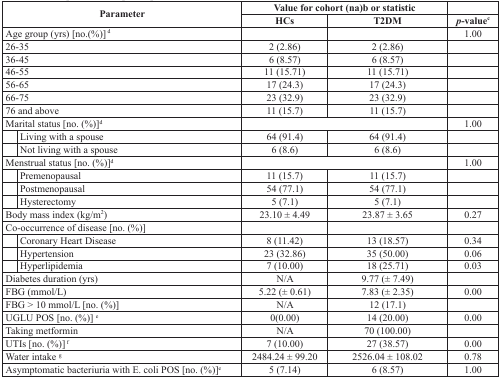
<table><thead><tr><td rowspan="2" colspan="2"><b>Parameter</b></td><td colspan="2"><b>Value for cohort (na)b or statistic</b></td><td></td></tr><tr><td><b>HCs</b></td><td><b>T2DM</b></td><td><b><i>p</i>-value<sup>c</sup></b></td></tr></thead><tbody><tr><td colspan="2">Age group (yrs) [no.(%)] <sup>d</sup></td><td></td><td></td><td>1.00</td></tr><tr><td colspan="2">26-35</td><td>2 (2.86)</td><td>2 (2.86)</td><td></td></tr><tr><td colspan="2">36-45</td><td>6 (8.57)</td><td>6 (8.57)</td><td></td></tr><tr><td colspan="2">46-55</td><td>11 (15.71)</td><td>11 (15.71)</td><td></td></tr><tr><td colspan="2">56-65</td><td>17 (24.3)</td><td>17 (24.3)</td><td></td></tr><tr><td colspan="2">66-75</td><td>23 (32.9)</td><td>23 (32.9)</td><td></td></tr><tr><td colspan="2">76 and above</td><td>11 (15.7)</td><td>11 (15.7)</td><td></td></tr><tr><td colspan="2">Marital status [no. (%)]<sup>d</sup></td><td colspan="2"></td><td>1.00</td></tr><tr><td></td><td>Living with a spouse</td><td>64 (91.4)</td><td>64 (91.4)</td><td></td></tr><tr><td></td><td>Not living with a spouse</td><td>6 (8.6)</td><td>6 (8.6)</td><td></td></tr><tr><td colspan="2">Menstrual status [no. (%)]<sup>d</sup></td><td colspan="2"></td><td>1.00</td></tr><tr><td></td><td>Premenopausal</td><td>11 (15.7)</td><td>11 (15.7)</td><td></td></tr><tr><td></td><td>Postmenopausal</td><td>54 (77.1)</td><td>54 (77.1)</td><td></td></tr><tr><td></td><td>Hysterectomy</td><td>5 (7.1)</td><td>5 (7.1)</td><td></td></tr><tr><td colspan="2">Body mass index (kg/m<sup>2</sup>)</td><td>23.10 ± 4.49</td><td>23.87 ± 3.65</td><td>0.27</td></tr><tr><td colspan="2">Co-occurrence of disease [no. (%)]</td><td></td><td></td><td></td></tr><tr><td></td><td>Coronary Heart Disease</td><td>8 (11.42)</td><td>13 (18.57)</td><td>0.34</td></tr><tr><td></td><td>Hypertension</td><td>23 (32.86)</td><td>35 (50.00)</td><td>0.06</td></tr><tr><td></td><td>Hyperlipidemia</td><td>7 (10.00)</td><td>18 (25.71)</td><td>0.03</td></tr><tr><td colspan="2">Diabetes duration (yrs)</td><td>N/A</td><td>9.77 (± 7.49)</td><td></td></tr><tr><td colspan="2">FBG (mmol/L)</td><td>5.22 (± 0.61)</td><td>7.83 (± 2.35)</td><td>0.00</td></tr><tr><td colspan="2">FBG &gt; 10 mmol/L [no. (%)]</td><td>N/A</td><td>12 (17.1)</td><td></td></tr><tr><td colspan="2">UGLU POS [no. (%)] <sup>e</sup></td><td>0(0.00)</td><td>14 (20.00)</td><td>0.00</td></tr><tr><td colspan="2">Taking metformin</td><td>N/A</td><td>70 (100.00)</td><td></td></tr><tr><td colspan="2">UTIs [no. (%)] <sup>f</sup></td><td>7 (10.00)</td><td>27 (38.57)</td><td>0.00</td></tr><tr><td colspan="2">Water intake <sup>g</sup></td><td>2484.24 ± 99.20</td><td>2526.04 ± 108.02</td><td>0.78</td></tr><tr><td colspan="2">Asymptomatic bacteriuria with E. coli POS [no. (%)]<sup>e</sup></td><td>5 (7.14)</td><td>6 (8.57)</td><td>1.00</td></tr></tbody></table>